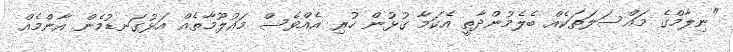
"ނިލާމްގެ މައްސަލަތަކެއް ބެލެމުންދާތީ އެކަމާ ގުޅުން ހުރި އެއްވެސް މައުލޫމާތެއް އަޅުގަނޑުމެން އާންމެއް